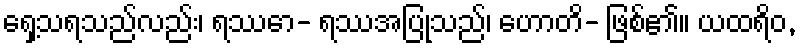
ရှေ့သရသည်လည်း၊ ရဿော- ရဿအပြုသည်၊ ဟောတိ- ဖြစ်၏။ ယထရိဝ,